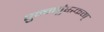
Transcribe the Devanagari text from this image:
पुन्नपुंसकम्‌